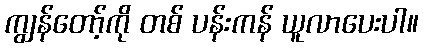
ကျွန်တော့်ကို တစ် ပန်းကန် ယူလာပေးပါ။